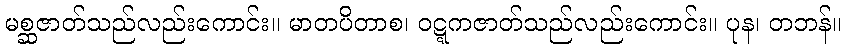
မစ္ဆဇာတ်သည်လည်းကောင်း။ မာတပိတာစ၊ ဝဋ္ဋကဇာတ်သည်လည်းကောင်း။ ပုန၊ တဘန်။